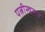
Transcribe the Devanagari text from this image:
पत्नीस्वरूप